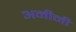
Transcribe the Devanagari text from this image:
अमीनी